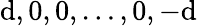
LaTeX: \mathrm{d},0,0,\dots,0,-\mathrm{d}